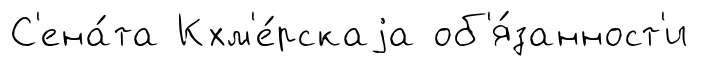
С'ена́та Кхм'е́рскаjа об'я́занност'и